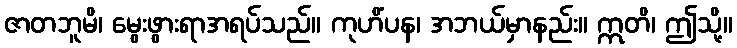
ဇာတဘူမိ၊ မွေးဖွားရာအရပ်သည်။ ကုဟိံပန၊ အဘယ်မှာနည်း။ ဣတိ၊ ဤသို့။